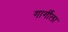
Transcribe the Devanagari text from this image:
गार्गीला